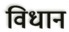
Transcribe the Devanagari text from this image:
विधान